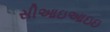
સીઆઇઆઇઇ